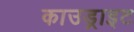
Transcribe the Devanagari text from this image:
काउड्राइट